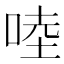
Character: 𠵕